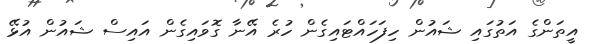
އީތަންގެ އަތުގައި ޝައުން ހިފަހައްޓައިގެން ހުރެ އޭނާ ގޮވައިގެން އައިސް ޝައުން އުޅޭ